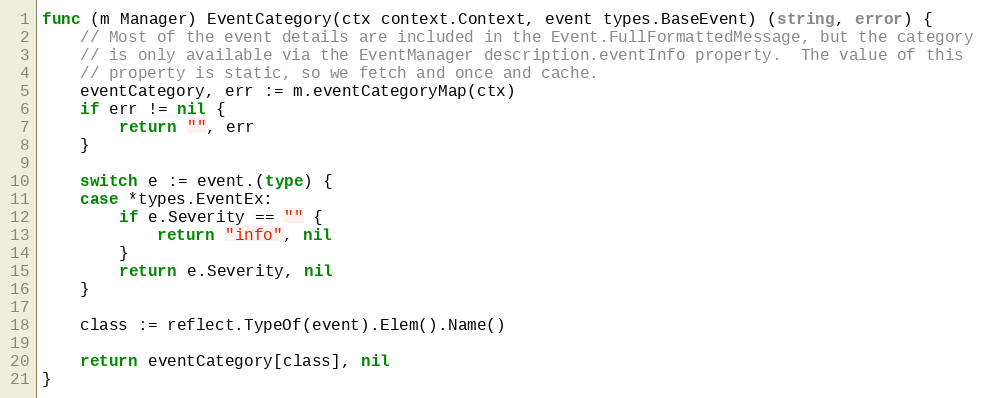
Language: Go
func (m Manager) EventCategory(ctx context.Context, event types.BaseEvent) (string, error) {
	// Most of the event details are included in the Event.FullFormattedMessage, but the category
	// is only available via the EventManager description.eventInfo property.  The value of this
	// property is static, so we fetch and once and cache.
	eventCategory, err := m.eventCategoryMap(ctx)
	if err != nil {
		return "", err
	}

	switch e := event.(type) {
	case *types.EventEx:
		if e.Severity == "" {
			return "info", nil
		}
		return e.Severity, nil
	}

	class := reflect.TypeOf(event).Elem().Name()

	return eventCategory[class], nil
}